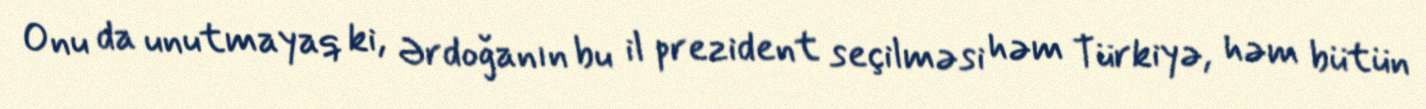
Onu da unutmayaq ki, Ərdoğanın bu il prezident seçilməsi həm Türkiyə, həm bütün